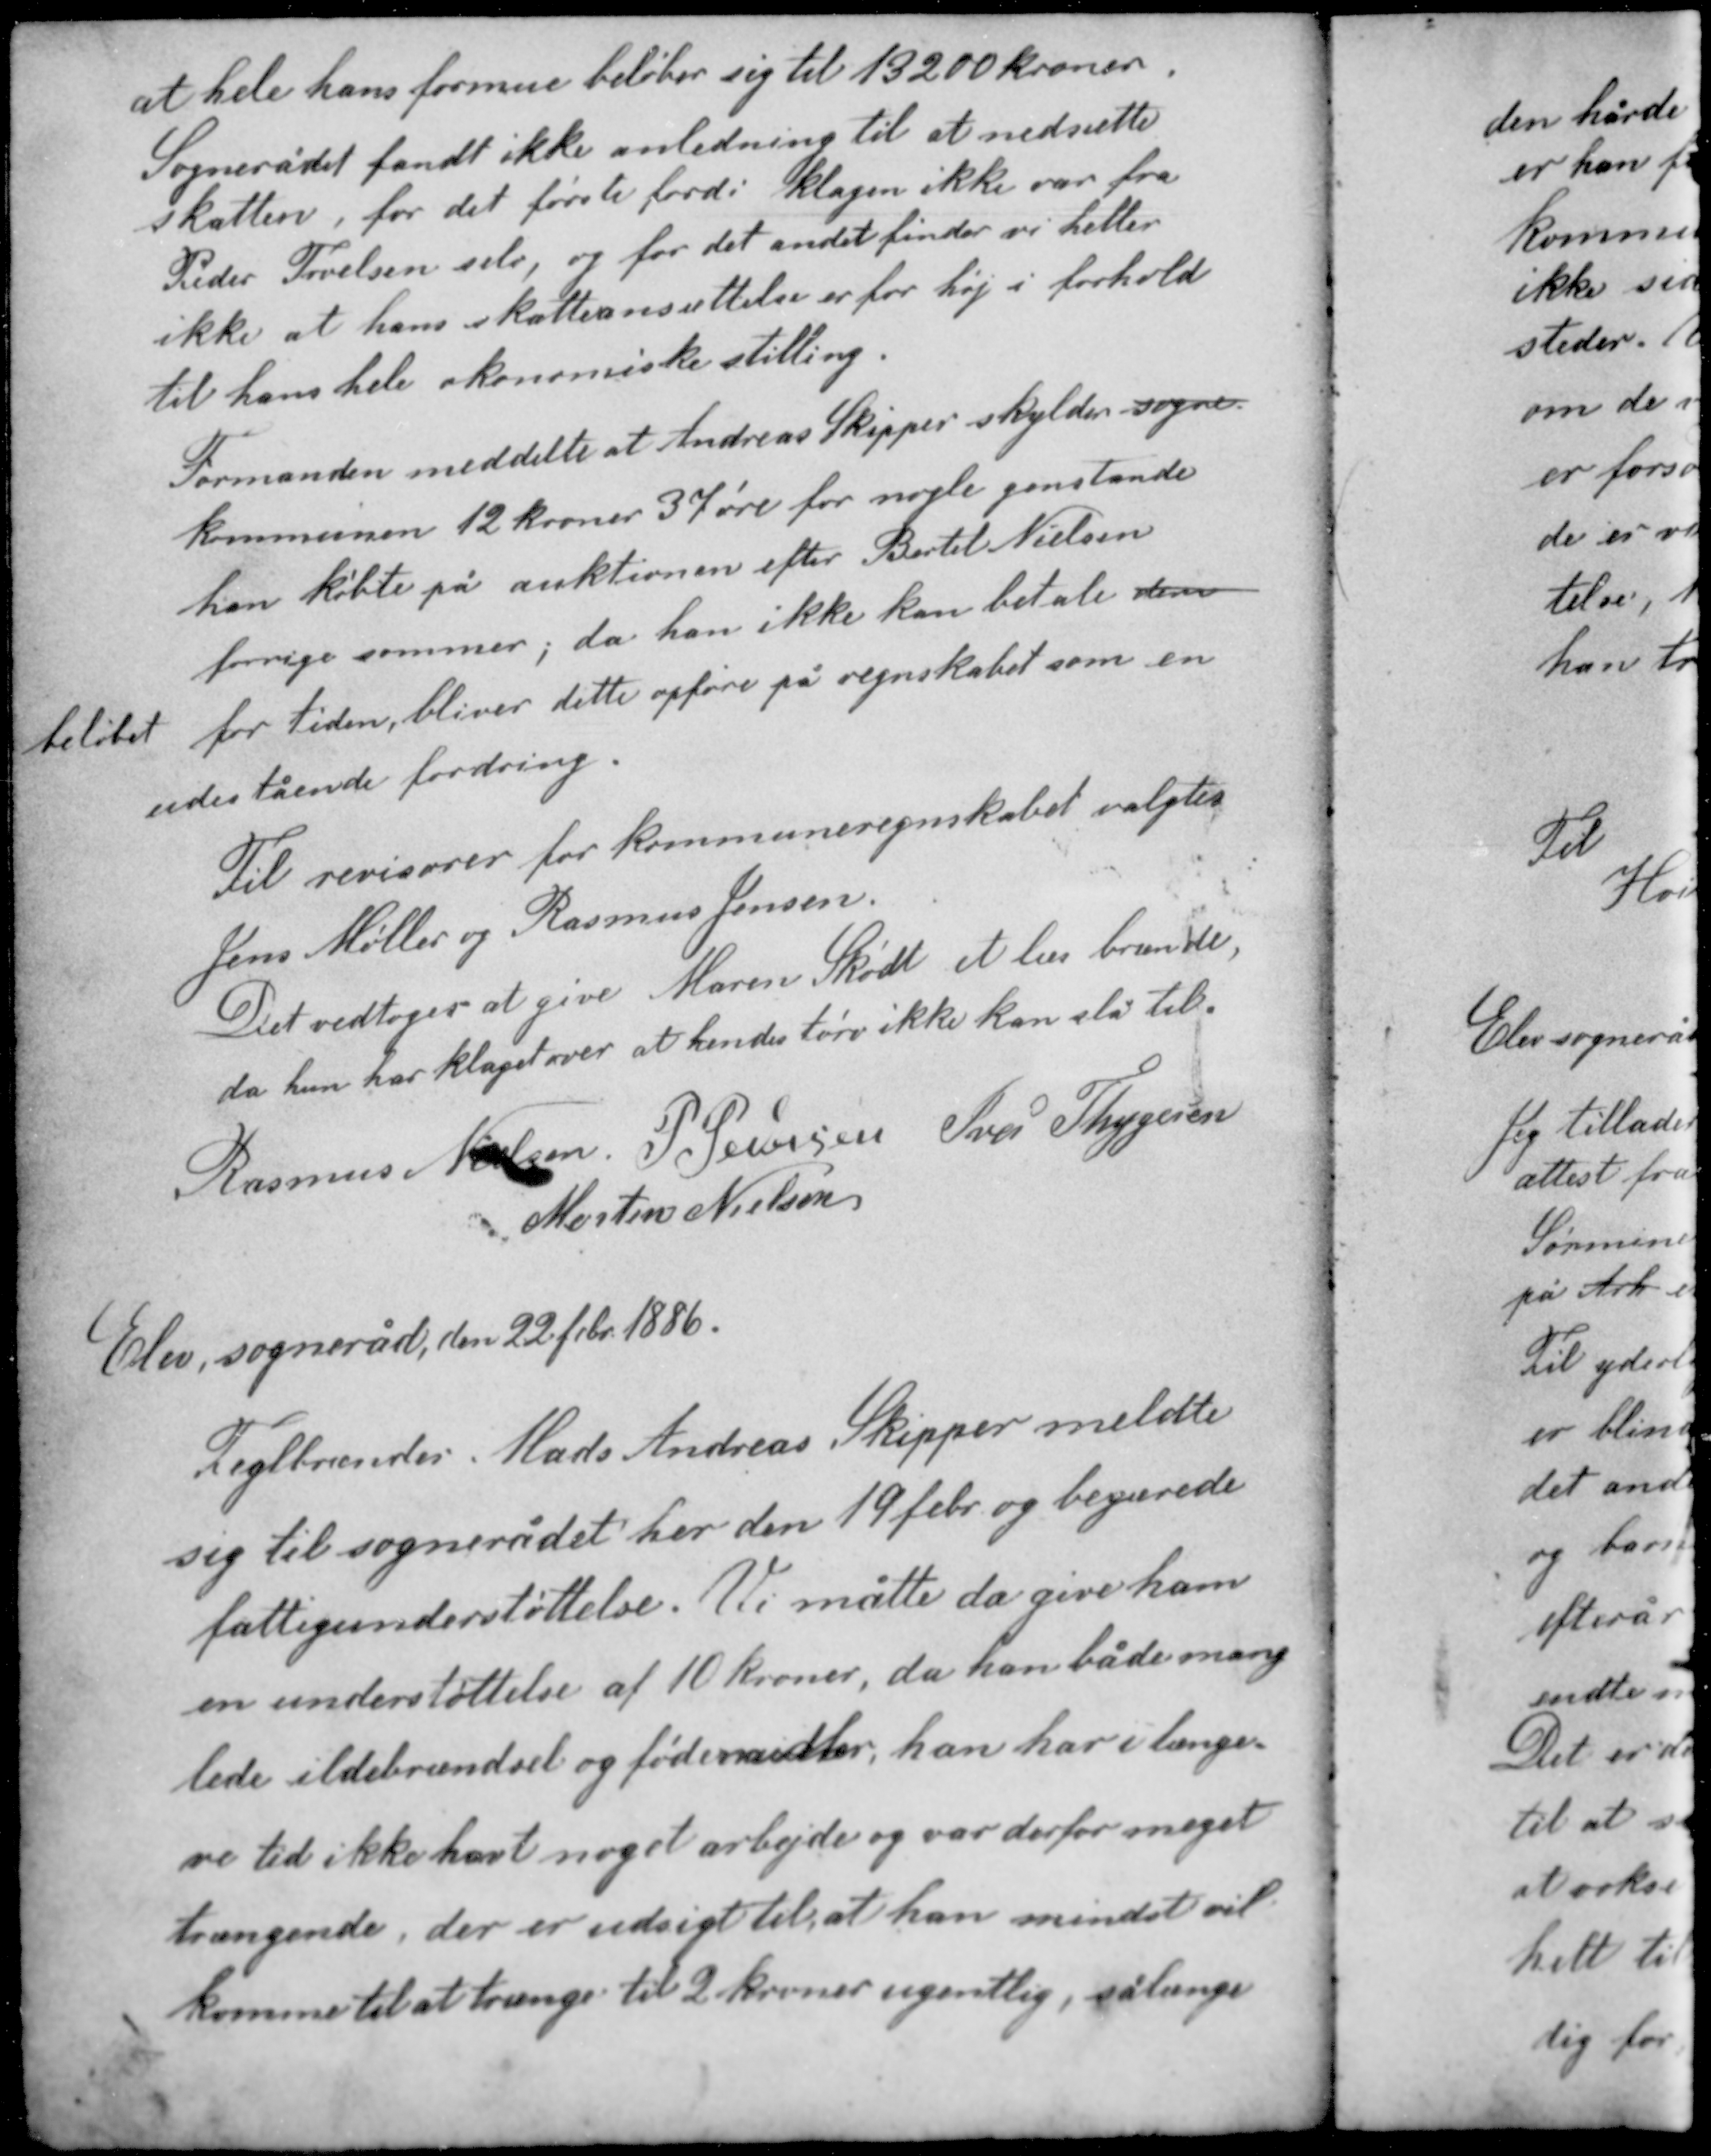
Transskription:
at hele hans formue beløber sig til 13200 kroner.
Sognerådet fandt ikke anledning til at nedsætte
skatten, for det første fordi klagen ikke var fra
Peder Tovelsen selv, og for det andet finder vi heller
ikke at hans skatteansættelse er for høj i forhold
til hans hele økonomiske stilling.

Formanden meddelte at Andreas Skipper skylder sogne
kommunen 12 kroner 37 øre for nogle genstande
han købte på auktionen efter Bertel Nielsen
forrige sommer; da han ikke kan betale dem
for tiden, bliver dette opføre på regnskabet som en
beløbet
udestående fordring.

Til revisorer for kommuneregnskabet valgtes
Jens Møller og Rasmus Jensen.
Det vedtoges at give Maren Skødt et læs brænde,
da hun har klaget over at hendes tørv ikke kan slå til.

Rasmus Nielsen P Pedersen Iver Thygesen
Morten Nielsen

Elev sogneråd, den 22 febr. 1886

Teglbrænder Mads Andreas Skipper meldte
sig til sognerådet her den 19 febr. og begærede
fattigunderstøttelse. Vi måtte da give ham
en understøttelse af 10 kroner, da han både mang-
lede ildebrændsel og fødemidler, han har i længe-
re tid ikke havt noget arbejde og var derfor meget
trængende, der er udsigt til at han mindst vil
komme til at trænge til 2 kroner ugentlig, sålænge